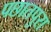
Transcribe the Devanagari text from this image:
पछातपुरा